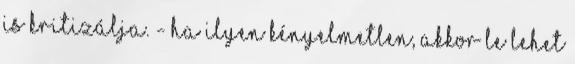
is kritizálja. - Ha ilyen kényelmetlen, akkor le lehet